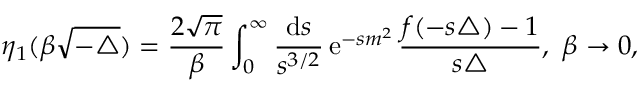
\eta _ { 1 } ( \beta \sqrt { - \triangle } ) = \frac { 2 \sqrt { \pi } } { \beta } \int _ { 0 } ^ { \infty } \frac { { \mathrm { d } } s } { s ^ { 3 / 2 } } \, { \mathrm { e } } ^ { - s m ^ { 2 } } \, \frac { f ( - s \triangle ) - 1 } { s \triangle } , \ \beta \rightarrow 0 ,